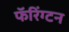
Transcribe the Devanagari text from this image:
फॅरिंग्टन